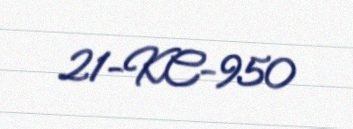
21-KC-950